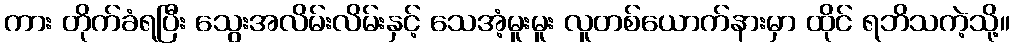
ကား တိုက်ခံရပြီး သွေးအလိမ်းလိမ်းနှင့် သေအံ့မူးမူး လူတစ်ယောက်နားမှာ ထိုင် ရဘိသကဲ့သို့။